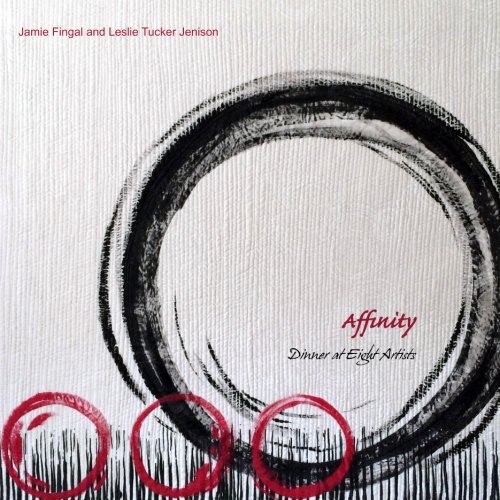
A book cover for Affinity 2015; Jamie Fingal; Crafts, Hobbies & Home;